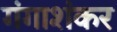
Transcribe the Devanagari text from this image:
गंगाशंकर